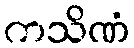
ကသိဏံ